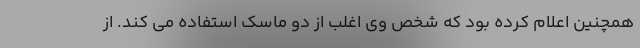
همچنین اعلام کرده بود که شخص وی اغلب از دو ماسک استفاده می کند. از